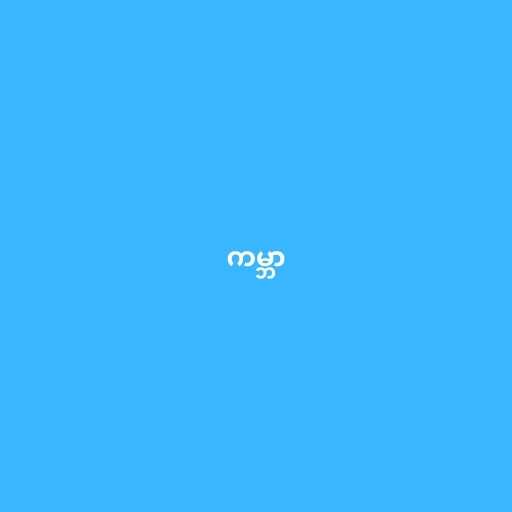
ကမ္ဘာ